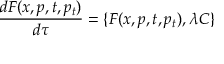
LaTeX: { \frac { d F ( x , p , t , p _ { t } ) } { d \tau } } = \{ F ( x , p , t , p _ { t } ) , \lambda C \}